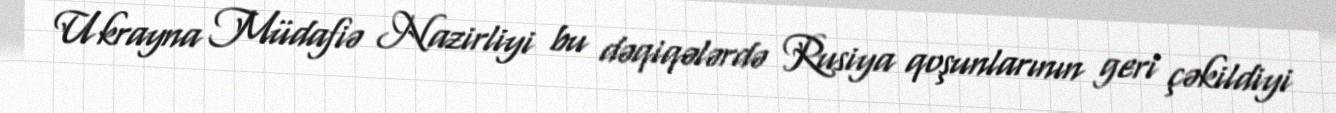
Ukrayna Müdafiə Nazirliyi bu dəqiqələrdə Rusiya qoşunlarının geri çəkildiyi